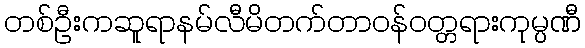
တစ်ဦးကဆူရာနမ်လီမိတက်တာဝန်ဝတ္တရားကုမ္ပဏီ